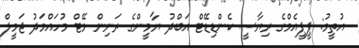
އުތީމު: ޕީޕީއެމްގެ ރިޔާސީ ކެންޑިޑޭޓް އަބްދު ޔާމީންގެ ރަނިން މޭޓް މުހައްމަދު ޖަމީލް